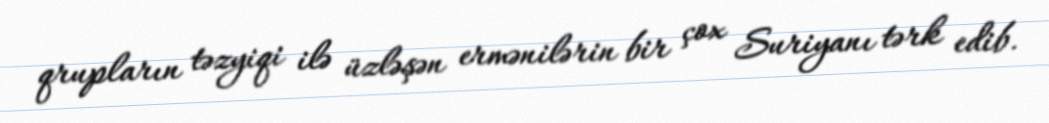
qrupların təzyiqi ilə üzləşən ermənilərin bir çox Suriyanı tərk edib.